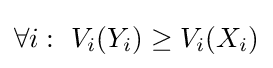
\forall {i}:\ V_{i}(Y_{i})\geq V_{i}(X_{i})